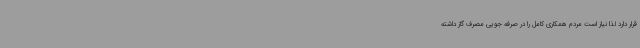
قرار دارد لذا نیاز است مردم همکاری کامل را در صرفه جویی مصرف گاز داشته